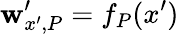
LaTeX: \mathbf{w}_{x^{\prime},P}^{\prime}=f_{P}(x^{\prime})